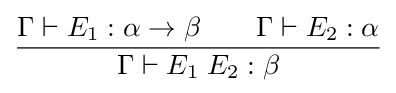
{\frac {\Gamma \vdash E_{1}:\alpha \rightarrow \beta \qquad \Gamma \vdash E_{2}:\alpha }{\Gamma \vdash E_{1}\;E_{2}:\beta }}